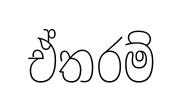
ඒතරම්